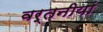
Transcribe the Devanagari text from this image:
वर्तनीयां